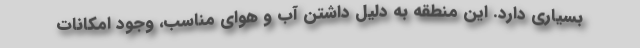
بسیاری دارد. این منطقه به دلیل داشتن آب و هوای مناسب، وجود امکانات